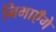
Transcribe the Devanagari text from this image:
निभाएँगे